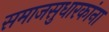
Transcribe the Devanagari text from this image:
समाजसुधारकांना